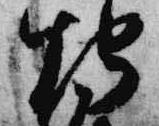
燭